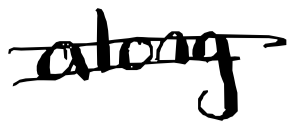
Text: along
Cross-out: double-line
Writing tool: digital_black